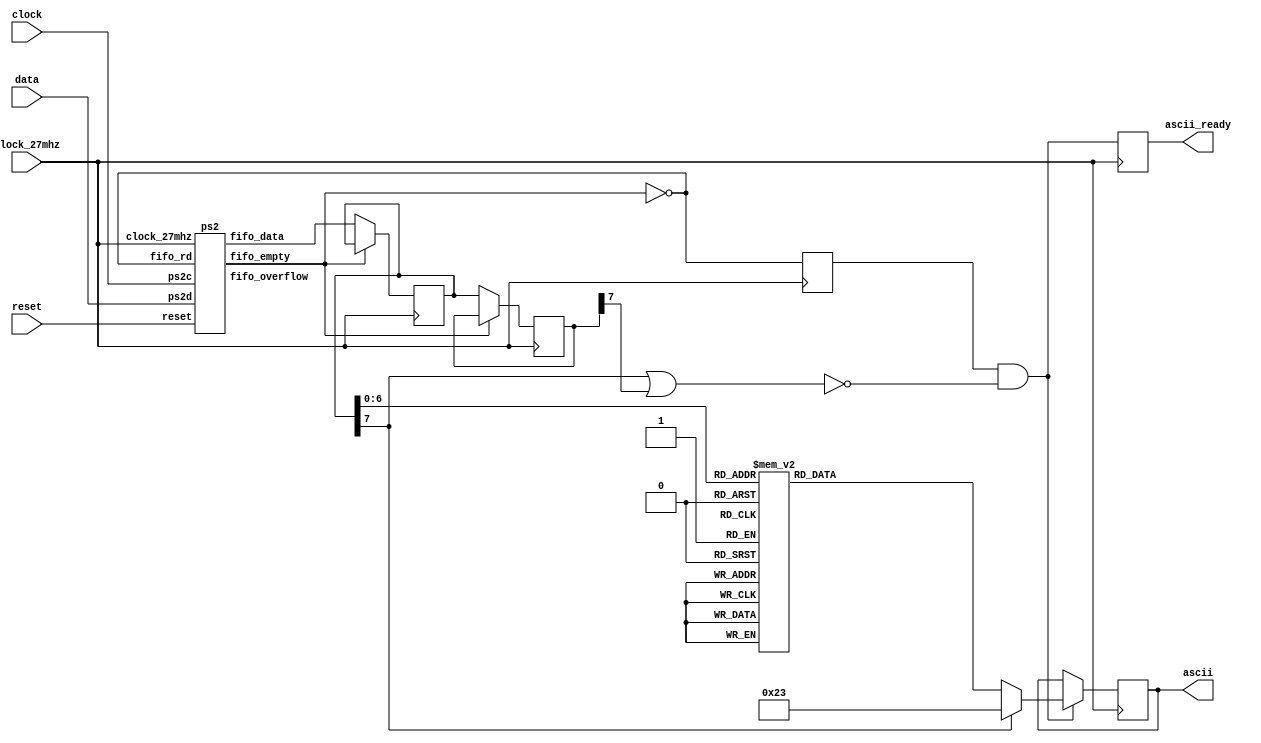
//
// Date:   24-Oct-05
//
// PS2 keyboard input for 6.111 labkit
//
// INPUTS:
//
//   clock_27mhz   - master clock
//   reset         - active high
//   clock         - ps2 interface clock
//   data          - ps2 interface data
//
// OUTPUTS:
//
//   ascii         - 8 bit ascii code for current character
//   ascii_ready   - one clock cycle pulse indicating new char received


/////////////////////////////////////////////////////////////////////////////

module ps2_ascii_input(clock_27mhz, reset, clock, data, ascii, ascii_ready);
   
   // module to generate ascii code for keyboard input
   // this is module works synchronously with the system clock

   input clock_27mhz;
   input reset; 	 // Active high asynchronous reset
   input clock; 	 // PS/2 clock
   input data;  	 // PS/2 data
   output [7:0] ascii;   // ascii code (1 character)
   output ascii_ready;	 // ascii ready (one clock_27mhz cycle active high)

   reg [7:0]   ascii_val;	// internal combinatorial ascii decoded value
   reg [7:0]   lastkey;		// last keycode
   reg [7:0]   curkey;		// current keycode
   reg [7:0]   ascii;		// ascii output (latched & synchronous)
   reg 	       ascii_ready;	// synchronous one-cycle ready flag

   // get keycodes

   wire        fifo_rd;		// keyboard read request
   wire [7:0]  fifo_data;	// keyboard data
   wire        fifo_empty;	// flag: no keyboard data
   wire        fifo_overflow;	// keyboard data overflow

   ps2 myps2(reset, clock_27mhz, clock, data, fifo_rd, fifo_data, 
	     fifo_empty,fifo_overflow);

   assign      fifo_rd = ~fifo_empty;	// continous read
   reg 	       key_ready;

   always @(posedge clock_27mhz)
     begin

	// get key if ready

	curkey <= ~fifo_empty ? fifo_data : curkey;
	lastkey <= ~fifo_empty ? curkey : lastkey;
	key_ready  <= ~fifo_empty;

	// raise ascii_ready for last key which was read

	ascii_ready <= key_ready & ~(curkey[7]|lastkey[7]);
	ascii <=  (key_ready & ~(curkey[7]|lastkey[7])) ? ascii_val : ascii;

     end

   always @(curkey) begin //convert PS/2 keyboard make code ==> ascii code
     case (curkey)	
       8'h1C: ascii_val = 8'h41;		//A
       8'h32: ascii_val = 8'h42;		//B
       8'h21: ascii_val = 8'h43;		//C
       8'h23: ascii_val = 8'h44;		//D
       8'h24: ascii_val = 8'h45;		//E
       8'h2B: ascii_val = 8'h46;		//F
       8'h34: ascii_val = 8'h47;		//G
       8'h33: ascii_val = 8'h48;		//H
       8'h43: ascii_val = 8'h49;		//I
       8'h3B: ascii_val = 8'h4A;		//J
       8'h42: ascii_val = 8'h4B;		//K
       8'h4B: ascii_val = 8'h4C;		//L
       8'h3A: ascii_val = 8'h4D;		//M
       8'h31: ascii_val = 8'h4E;		//N
       8'h44: ascii_val = 8'h4F;		//O
       8'h4D: ascii_val = 8'h50;		//P
       8'h15: ascii_val = 8'h51;		//Q
       8'h2D: ascii_val = 8'h52;		//R
       8'h1B: ascii_val = 8'h53;		//S
       8'h2C: ascii_val = 8'h54;		//T
       8'h3C: ascii_val = 8'h55;		//U
       8'h2A: ascii_val = 8'h56;		//V
       8'h1D: ascii_val = 8'h57;		//W
       8'h22: ascii_val = 8'h58;		//X
       8'h35: ascii_val = 8'h59;		//Y
       8'h1A: ascii_val = 8'h5A;		//Z
       
       8'h45: ascii_val = 8'h30;		//0
       8'h16: ascii_val = 8'h31;		//1
       8'h1E: ascii_val = 8'h32;		//2
       8'h26: ascii_val = 8'h33;		//3
       8'h25: ascii_val = 8'h34;		//4
       8'h2E: ascii_val = 8'h35;		//5
       8'h36: ascii_val = 8'h36;		//6
       8'h3D: ascii_val = 8'h37;		//7
       8'h3E: ascii_val = 8'h38;		//8
       8'h46: ascii_val = 8'h39;		//9
       
       8'h0E: ascii_val = 8'h60;		// `
       8'h4E: ascii_val = 8'h2D;		// -
       8'h55: ascii_val = 8'h3D;		// =
       8'h5C: ascii_val = 8'h5C;		// \
       8'h29: ascii_val = 8'h20;		// (space)
       8'h54: ascii_val = 8'h5B;		// [
       8'h5B: ascii_val = 8'h5D;		// ] 
       8'h4C: ascii_val = 8'h3B;		// ;
       8'h52: ascii_val = 8'h27;		// '
       8'h41: ascii_val = 8'h2C;		// ,
       8'h49: ascii_val = 8'h2E;		// .
       8'h4A: ascii_val = 8'h2F;		// /
       
       8'h5A: ascii_val = 8'h0D;		// enter (CR)
       8'h66: ascii_val = 8'h08;		// backspace
       
       //  8'hF0: ascii_val = 8'hF0;		// BREAK CODE
       
       default: ascii_val = 8'h23;		// #
     endcase
   end
endmodule // ps2toascii

/////////////////////////////////////////////////////////////////////////////
// new synchronous ps2 keyboard driver, with built-in fifo, from Chris Terman

module ps2(reset, clock_27mhz, ps2c, ps2d, fifo_rd, fifo_data, 
	   fifo_empty,fifo_overflow);

   input clock_27mhz,reset;
   input ps2c;			// ps2 clock
   input ps2d;			// ps2 data
   input fifo_rd;		// fifo read request (active high)
   output [7:0] fifo_data;	// fifo data output
   output 	fifo_empty;	// fifo empty (active high)
   output 	fifo_overflow;	// fifo overflow - too much kbd input

  reg [3:0] count;      // count incoming data bits
  reg [9:0] shift;      // accumulate incoming data bits

  reg [7:0] fifo[7:0];   // 8 element data fifo
  reg fifo_overflow;
  reg [2:0] wptr,rptr;   // fifo write and read pointers

  wire [2:0] wptr_inc = wptr + 1;

  assign fifo_empty = (wptr == rptr);
  assign fifo_data = fifo[rptr];

  // synchronize PS2 clock to local clock and look for falling edge
  reg [2:0] ps2c_sync;
  always @ (posedge clock_27mhz) ps2c_sync <= {ps2c_sync[1:0],ps2c};
  wire sample = ps2c_sync[2] & ~ps2c_sync[1];

  always @ (posedge clock_27mhz) begin
    if (reset) begin
      count <= 0;
      wptr <= 0;
      rptr <= 0;
      fifo_overflow <= 0;
    end
    else if (sample) begin
           // order of arrival: 0,8 bits of data (LSB first),odd parity,1
           if (count==10) begin
              // just received what should be the stop bit
              if (shift[0]==0 && ps2d==1 && (^shift[9:1])==1) begin
		 fifo[wptr] <= shift[8:1];
		 wptr <= wptr_inc;
		 fifo_overflow <= fifo_overflow | (wptr_inc == rptr);
              end
              count <= 0;
	   end else begin
              shift <= {ps2d,shift[9:1]};
              count <= count + 1;
	   end
         end
    // bump read pointer if we're done with current value.
    // Read also resets the overflow indicator
    if (fifo_rd && !fifo_empty) begin
      rptr <= rptr + 1;
      fifo_overflow <= 0;
    end
  end

endmodule